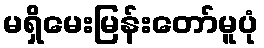
မရှိမေးမြန်းတော်မူပုံ